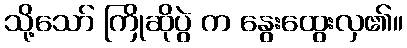
သို့သော် ကြိုဆိုပွဲ က နွေးထွေးလှ၏။